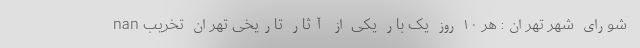
nan شورای شهر تهران: هر ۱۰ روز یک بار یکی از آثار تاریخی تهران تخریب